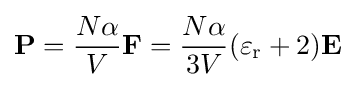
\mathbf {P} ={\frac {N\alpha }{V}}\mathbf {F} ={\frac {N\alpha }{3V}}(\varepsilon _{\mathrm {r} }+2)\mathbf {E}